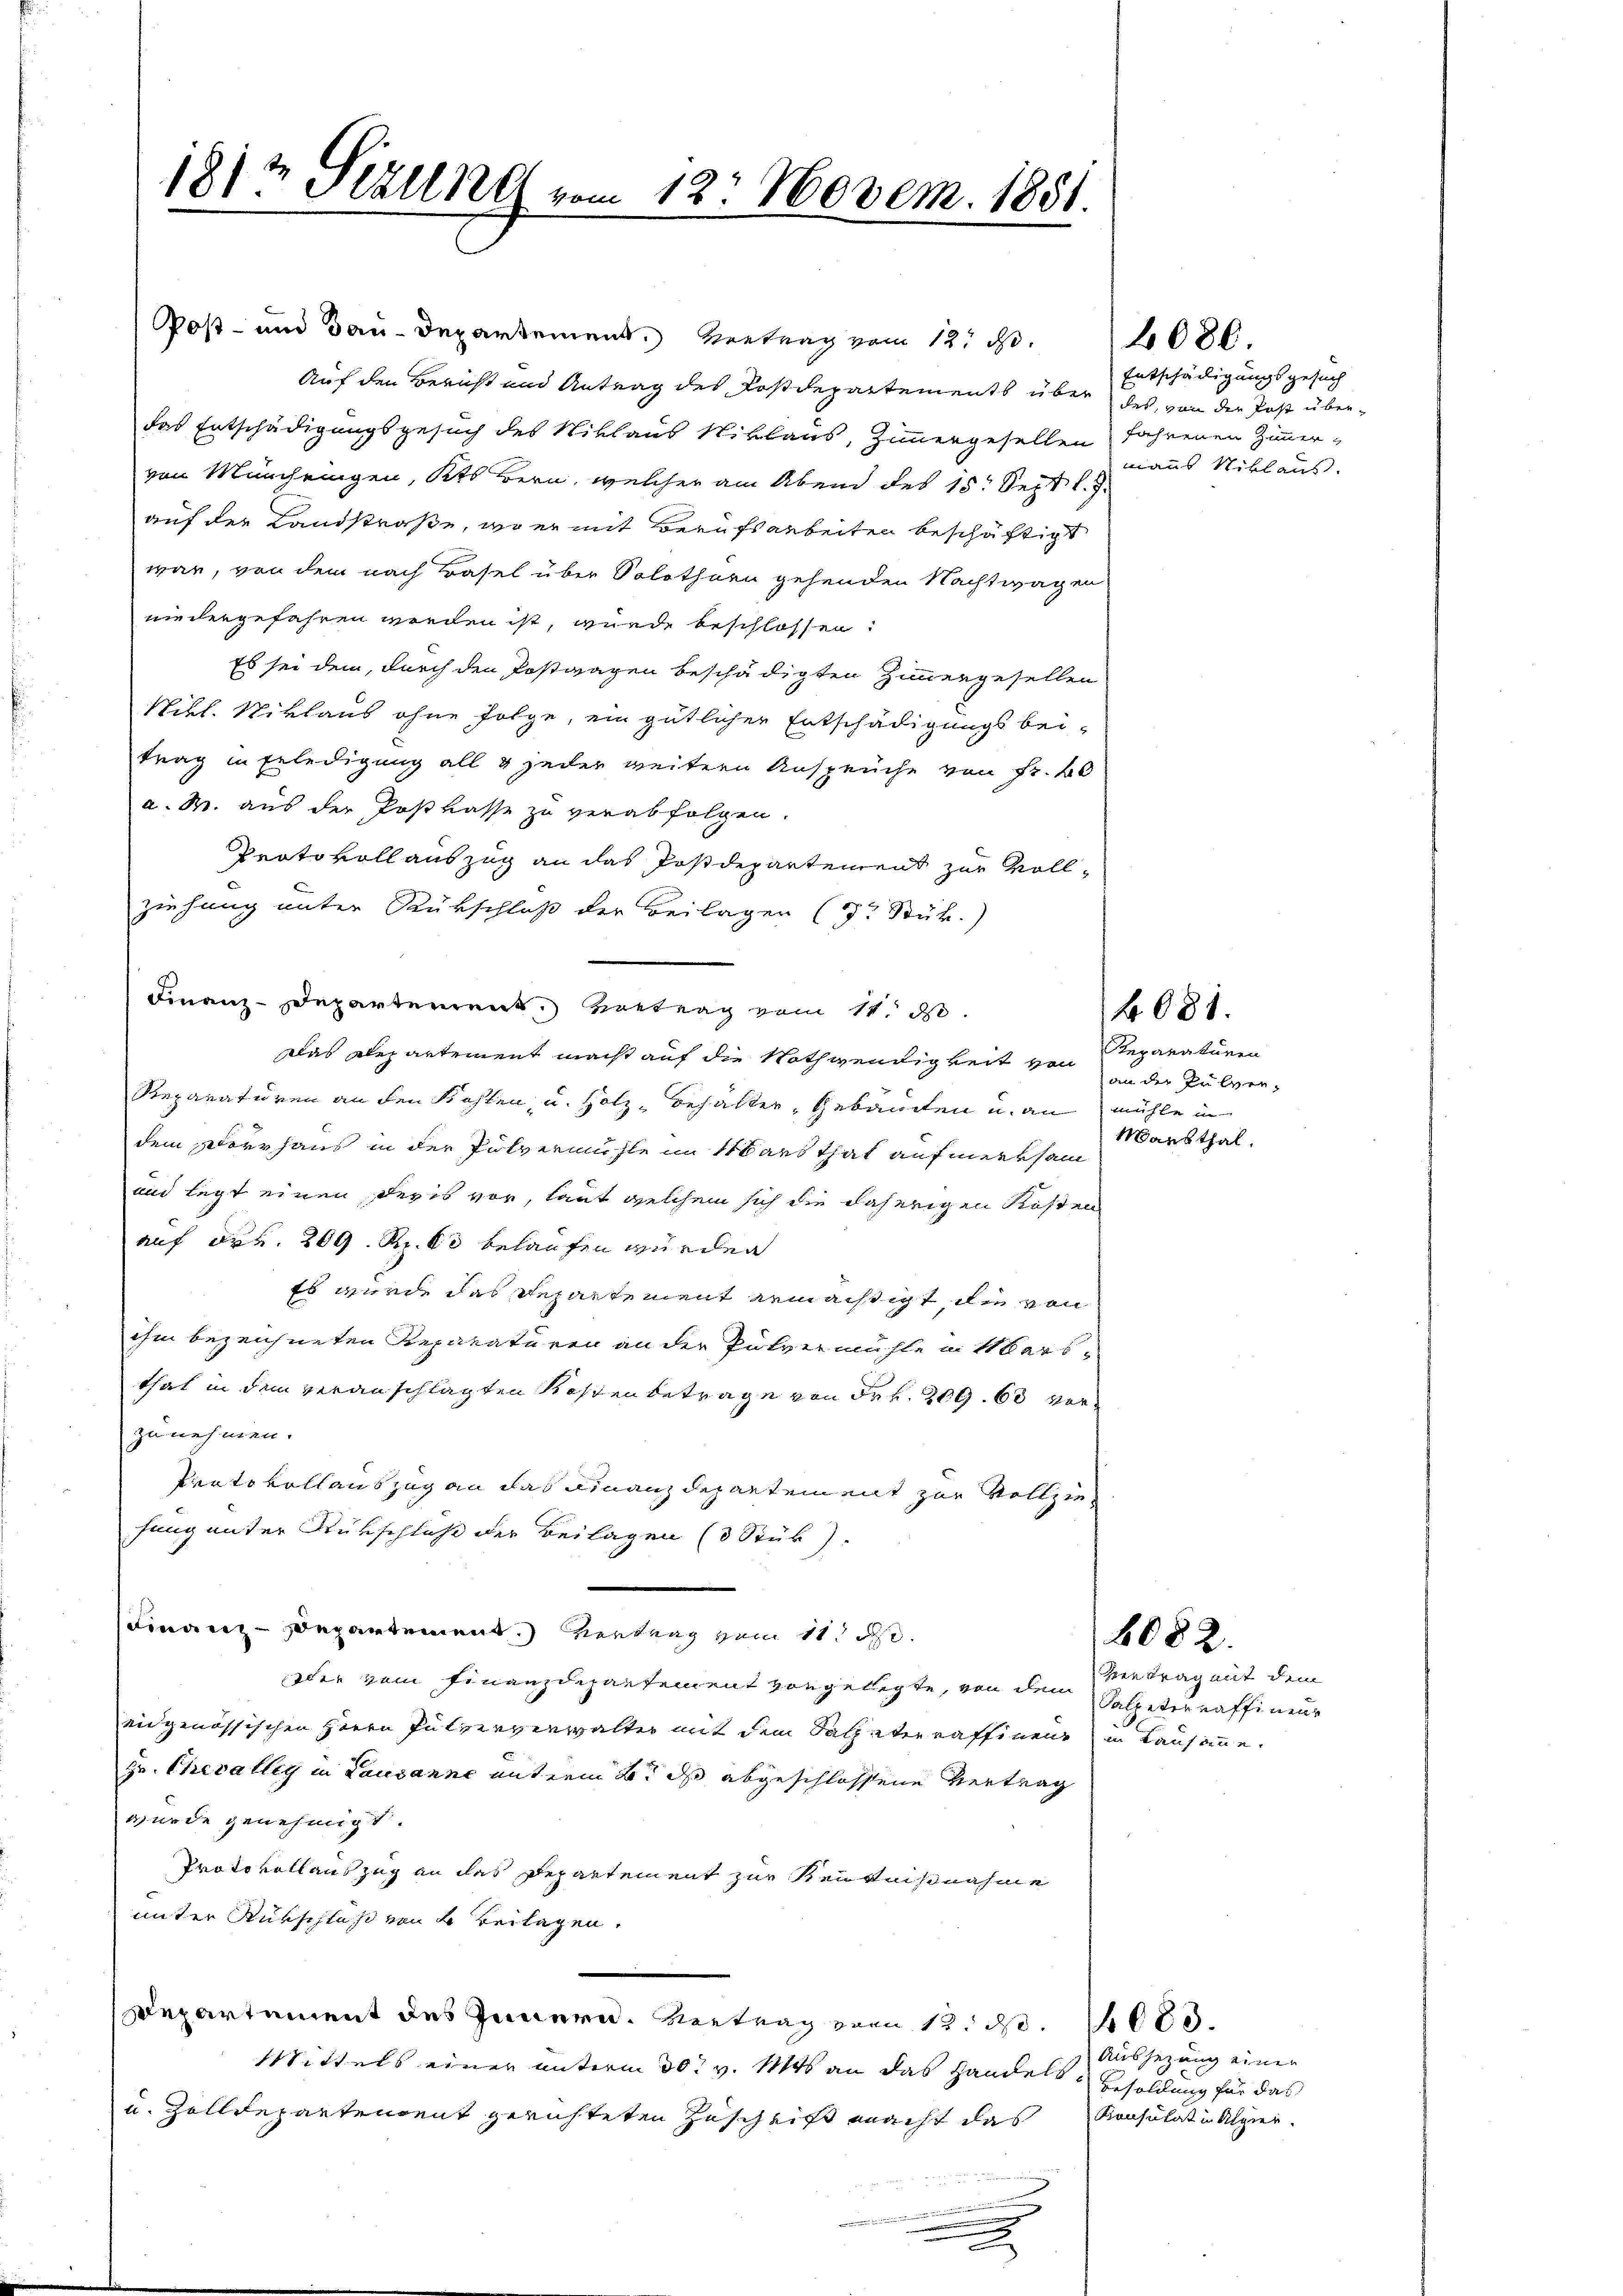
1812 Pezelne vom 12. Novem. 1851.
.

Post- und Bau-Departement. Vertrag vom 12. d.
Auf den Bericht und Antrag des Postdepartements über des, von der Post überdas Entschädigungsgesuch des Niklaus Niklaus, Zimmergesellen fahrenen Zimmer-
von Münchringen, Kts Bern, welcher am Abend des 18. Sept. l.
auf der Landstraße, wo er mit Berufsarbeiten beschäftigt
war, von dem nach Basel über Solothurn gehenden Nachtwagen
niedergefahren werden ist, wurde beschlossen:
Es sei dem, durch den Postwagen beschädigten Zimmergesellen
Nikl. Niklaus ohne Folge, ein gütlicher Entschädigungs bei-
trag in Erledigung all & jeder weitern Ansprüche von Fr. 40
a. W. aus der Postkasse zu verabfolgen.
Protokoll auszug an das Postdepartement zur Vollziehung unter Rückschluß der Beilagen ( Stük.)
Finanz-Departement. Vortrag vom 11. d.
Das Departement macht auf die Nothwendigkeit von Reparaturen
Reparaturen an den Kohlen, u. Hotz, behalter, Gebäuden u. an mühle in
dem Vorrhaus in der Pulvermühle im Haus that aufmerksam
und legt einen Revis vor, laut welchem sich die daherigen Kosten
auf Frk. 209. Rp. 60 belaufen würden
Es wurde das Repartement ermächtigt, die von
ihm bezeichneten Reparaturen an der Pulvermühle in Übersthal in dem veranschlagten Kosten betrage von Frk. 209. 68 vorzu nehmen.
Protokollauszug an das Finanzdepartement zur Vollziefung unter Rückschluß der Beilagen (3 Stük)
Finanzdepartement. Vertrag vom 11. d.
oder zum Finanzdepartement vorgelegte, von dem Salisterraffineur
eidgenössischen Herrn Pulververwalter mit dem Salpeter raffinen in Lausamme
Hr. Chevalleg in Lausanne mit dem 2t ds abgeschlossene Vertrag
wurde genehmigt.
Protokoll auszug an das Departement zur Kenntnißnahme
unter Rückschluß von 4 Beilagen.
Departement des Innern. Vortrag von 13. d. 1000.
Mittels einer unterm 30t v. Mts. an das Handels Besoldung für das
u. Zolldepartendent gerichteten Zuschrift macht das Konsulat in Algier
e
e
.

Entschälligungsgesuch
manns Niklaus

an der Pulver-
Maesthal.

6082.

Vertrag mit dem

2080.

4081.

Aussezung einen